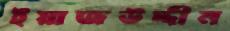
ইয়াজউদ্দীন